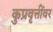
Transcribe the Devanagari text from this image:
कुप्रवृत्तींवर